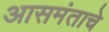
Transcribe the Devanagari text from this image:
आसमंताचे